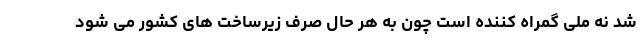
شد نه ملی گمراه کننده است چون به هر حال صرف زیرساخت های کشور می شود